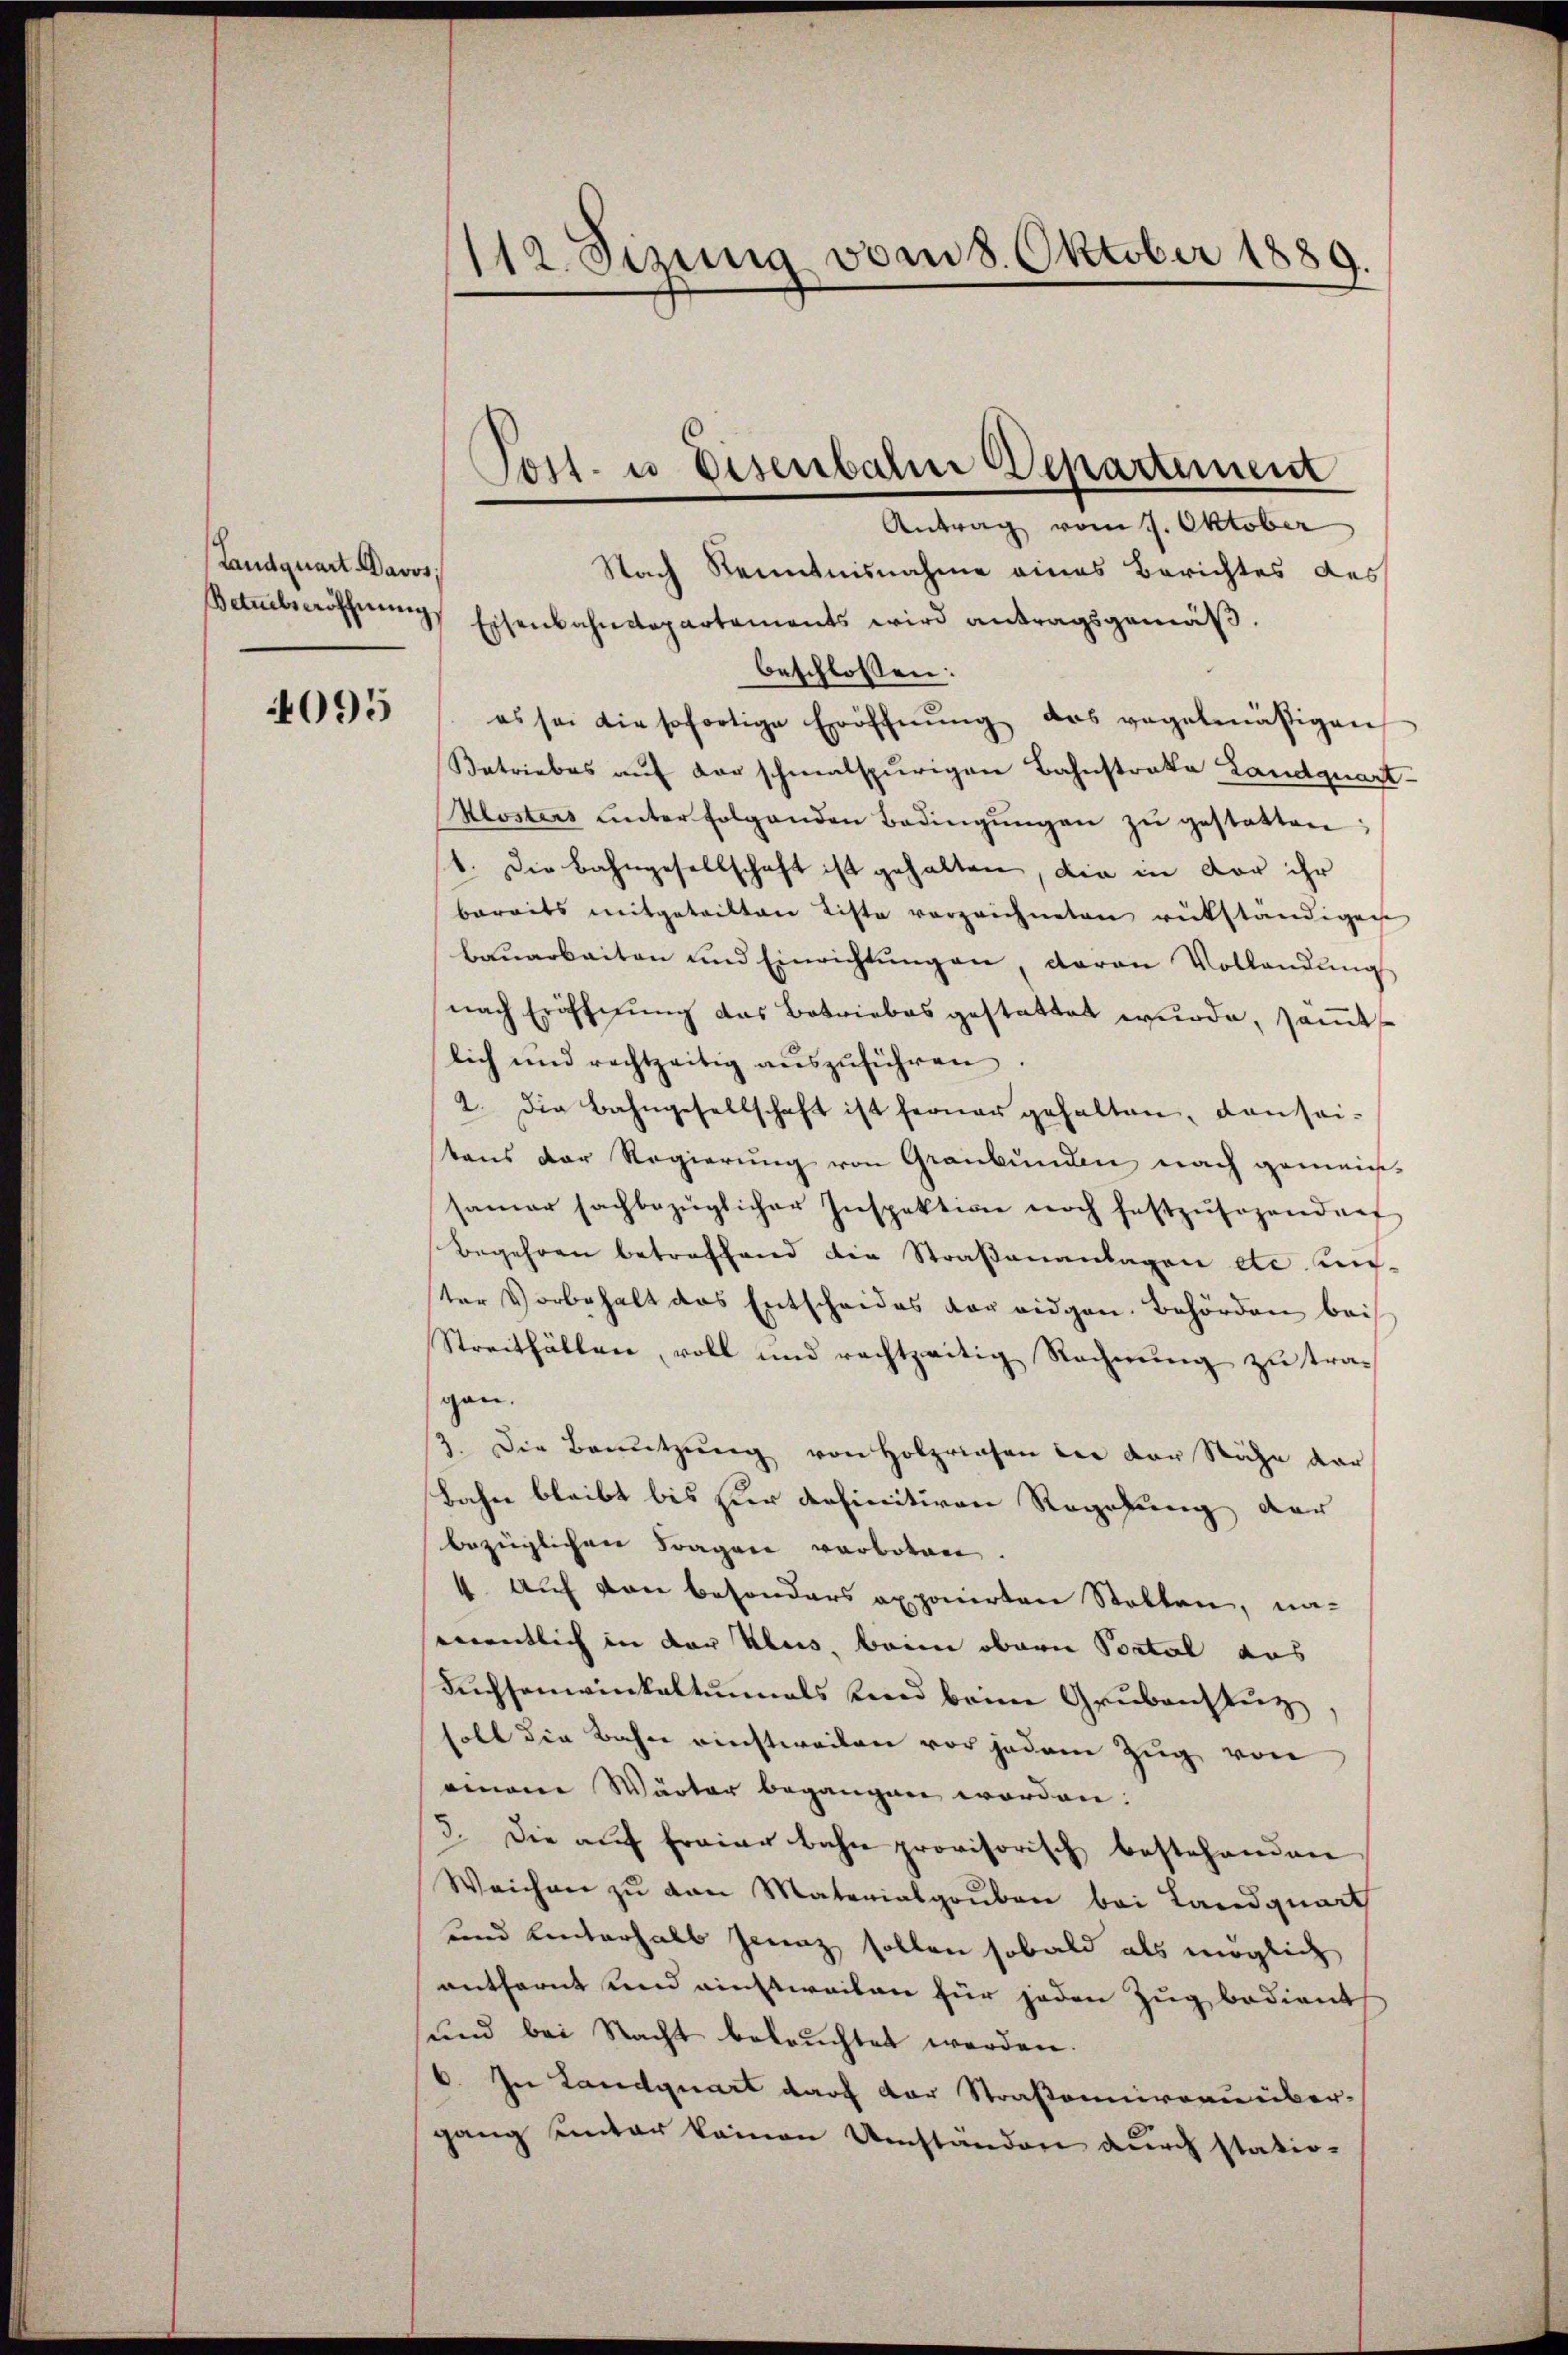
Landquart Davos
Betuebseröffnung

4095

112. Sizung vom 8. Oktober 1889.

Nach Kenntnisnahme eines Berichtes des
Eisenbahndepartements wird antragsgemäß.
beschlossen:
es sei die sofortige Eröffnŭng das vegelmäßigen
Betriebes aŭf der schmalspurigen Bahnstrakte Landquart.
Klosters unter folgenden Bedingŭngen zŭ gestatten;
1. Die Bahngesellschaft ist gehalten, die in vor ihr
bereits mitgeteilten Liste vorzeichneten rükständigen
baŭarbeiten und Einrichtŭngen, daran Vollandŭngs
nach Eröffnung das Betriebes gestattet wurde, samt
lich und rechtzeitig aŭszŭführen.
2. Die Bahngesellschaft ist ferner gehalten, dan sei-
tens der Regierung von Graubünden nach gemein-
samer sachbezüglicher Inspektion noch festzŭsogenden
Begehren betreffend die Straßenanlagen etc. un-
ter Vorbehalt das Entscheides vor eidgen. Behörden bei
Streitfällen, voll und rechtzeitig Rechnung zu tragan.
3. Die Benutzung von Holzriesen der der Nähe dar
Bahn bleibt bis hier definitiven Regelung der
bezüglichen Fragen verboten.
4. Auf von besonders exponirten Statten, namentlich in der Klus, beim obern Portal aus
Füchsenwinkeltenmals und beim Grubenstuz
soll die Bahn einstweilen vor jedem Zug von
einem Wärter begangen worden.
3. Die aŭf frainer bahn provisorisch bestehenden
Weichen zu von Materialgruben bei Landquart
und hinterhalb hinz sollen sobald als möglich
entfernt und einstweilen für jeden Zug bedient
und bei Nacht beleŭchtet werden.
C. In Landquart darf der Straßenniveau über-
gang unter keinen Umständen durch statio¬

Post- u Eisenbahrer Departement
Antrag vom 1. Oktober